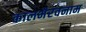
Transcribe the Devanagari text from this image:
कालभैरवनाम